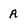
Character: A